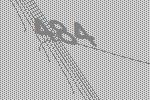
484